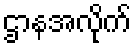
ဌာနအလိုက်